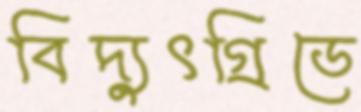
বিদ্যুৎগ্রিডে